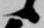
候